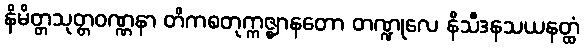
နိမိတ္တသုတ္တဝဏ္ဏနာ တိကစတုက္ကဇ္ဈာနတော တဏ္ဍုလေ နိသီဒနသယနတ္ထံ